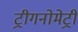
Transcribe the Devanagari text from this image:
ट्रीगनोमेट्री